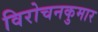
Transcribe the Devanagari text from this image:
विरोचनकुमार